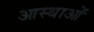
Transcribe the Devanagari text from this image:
आस्‍थाओं